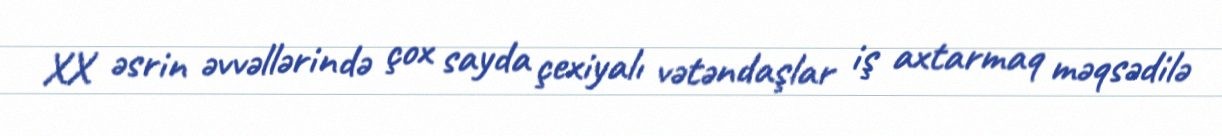
XX əsrin əvvəllərində çox sayda çexiyalı vətəndaşlar iş axtarmaq məqsədilə